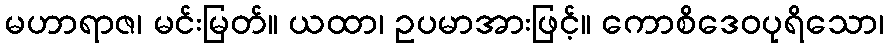
မဟာရာဇ၊ မင်းမြတ်။ ယထာ၊ ဥပမာအားဖြင့်။ ကောစိဒေဝပုရိသော၊